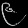
Digit: ၉